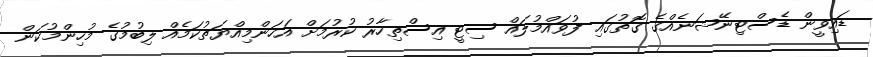
ޑައިވީން ޑެސްޓިނޭޝަނެއްގެ ގޮތުގައި ފުވައްމުލައް ސިޓީ އިސްތިހާރު ކުރުމަށް އަހަންމިއްޔަތުކަމެއް ލިބުމުގެ މުހިންމުކަން